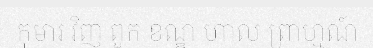
កុមារ វិញ ពួក ខណ្ឌ ហាល ព្រាហ្មណ៍